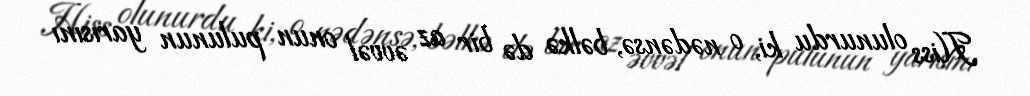
Hiss olunurdu ki, o nədənsə, bəlkə də bir az əvvəl onun pulunun yarısını